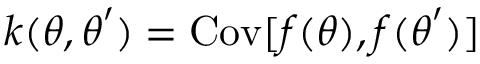
k ( \boldsymbol { \theta } , \boldsymbol { \theta } ^ { \prime } ) = \mathrm { C o v } [ f ( \boldsymbol { \theta } ) , f ( \boldsymbol { \theta } ^ { \prime } ) ]